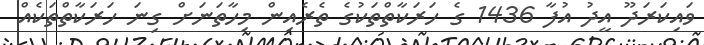
ވައިކަރަދޫ އީދު އުފާ 1436 ގެ ހަރަކާތްތަކުގެ ތެރެއިން މިހާތަނަށް ގިނަ ހަރަކާތްތަކެއް